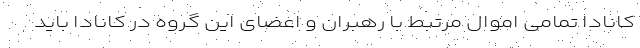
کانادا تمامی اموال مرتبط با رهبران و اعضای این گروه در کانادا باید